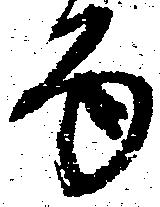
面